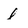
Character: l